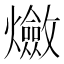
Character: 𤒦